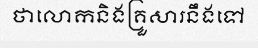
ថាលោកនិងគ្រួសារនឹងទៅ